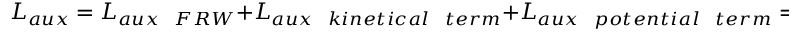
L _ { a u x } = L _ { a u x ~ ~ F R W } + L _ { a u x ~ ~ k i n e t i c a l ~ ~ t e r m } + L _ { a u x ~ ~ p o t e n t i a l ~ ~ t e r m } = L _ { a u x ~ ~ B } + L _ { a u x ~ ~ F , \bar { F } } ;